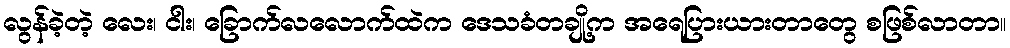
လွန်ခဲ့တဲ့ လေး၊ ငါး၊ ခြောက်လလောက်ထဲက ဒေသခံတချို့က အရေပြားယားတာတွေ စဖြစ်လာတာ။